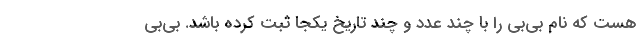
هست كه نام بي‌بي را با چند عدد و چند تاريخ يكجا ثبت كرده باشد. بي‌بي